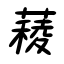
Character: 薐